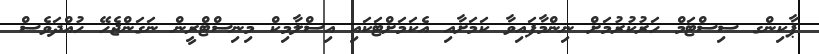
ޕާކިންގ ސިސްޓަމް ހަރުކުރުމަށް ނިންމާފައިވާ ކަމަށާއި އެކަމަށްޓަކައި އިސްލާމިކް މިނިސްޓްރީން ނަގަންޖެހޭ ހުއްދަވެސް